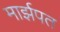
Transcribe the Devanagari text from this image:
मार्झपत